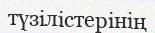
түзілістерінің